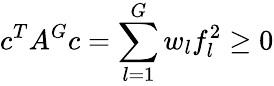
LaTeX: c^{T}A^{G}c=\sum_{l=1}^{G}w_{l}f_{l}^{2}\ge 0